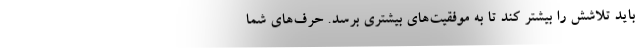
باید تلاشش را بیشتر کند تا به موفقیت‌های بیشتری برسد. حرف‌های شما